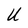
Character: U